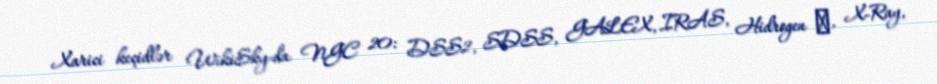
Xarici keçidlər WikiSky-da NGC 20: DSS2, SDSS, GALEX, IRAS, Hidrogen α, X-Ray,